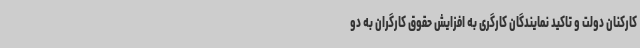
کارکنان دولت و تاکید نمایندگان کارگری به افزایش حقوق کارگران به دو